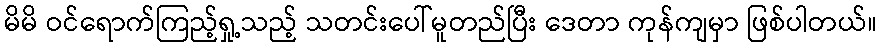
မိမိ ဝင်ရောက်ကြည့်ရှု့သည့် သတင်းပေါ်မူတည်ပြီး ဒေတာ ကုန်ကျမှာ ဖြစ်ပါတယ်။